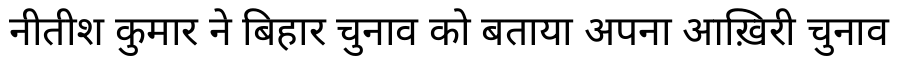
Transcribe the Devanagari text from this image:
नीतीश कुमार ने बिहार चुनाव को बताया अपना आख़िरी चुनाव